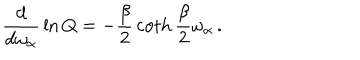
{ \frac { d } { d \omega _ { \alpha } } } \ln Q = - { \frac { \beta } { 2 } } \coth { \frac { \beta } { 2 } } \omega _ { \alpha } \, .